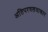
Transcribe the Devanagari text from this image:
अतिपरवलयाकार